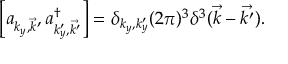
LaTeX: \left[ a _ { { k _ { y } } , \vec { k } } , a _ { { k _ { y } ^ { \prime } } , \vec { k ^ { \prime } } } ^ { \dagger } \right] = \delta _ { { k _ { y } } , { k _ { y } ^ { \prime } } } ( 2 \pi ) ^ { 3 } { \delta } ^ { 3 } ( \vec { k } - \vec { k ^ { \prime } } ) .